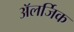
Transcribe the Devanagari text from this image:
अॅलर्जिक